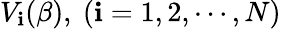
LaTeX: V_{\mathbf{i}}(\beta),~(\mathbf{i}=1,2,\cdots,N)